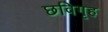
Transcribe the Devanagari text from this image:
छविगृह